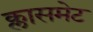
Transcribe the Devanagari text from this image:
क्लासमेट